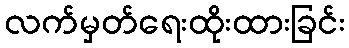
လက်မှတ်ရေးထိုးထားခြင်း